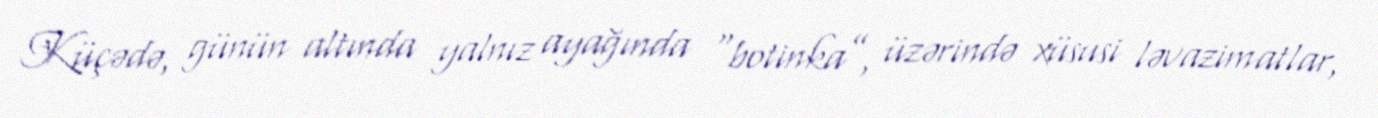
Küçədə, günün altında yalnız ayağında “botinka”, üzərində xüsusi ləvazimatlar,